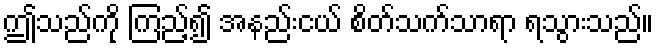
ဤသည်ကို ကြည့်၍ အနည်းငယ် စိတ်သက်သာရာ ရသွားသည်။